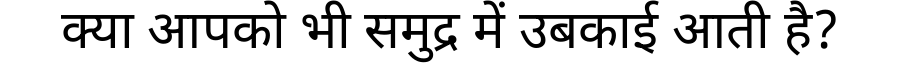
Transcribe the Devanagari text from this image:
क्या आपको भी समुद्र में उबकाई आती है?